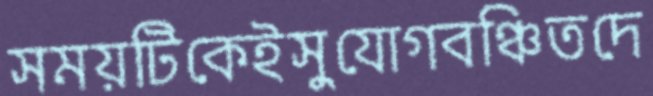
সময়টিকেইসুযোগবঞ্চিতদে